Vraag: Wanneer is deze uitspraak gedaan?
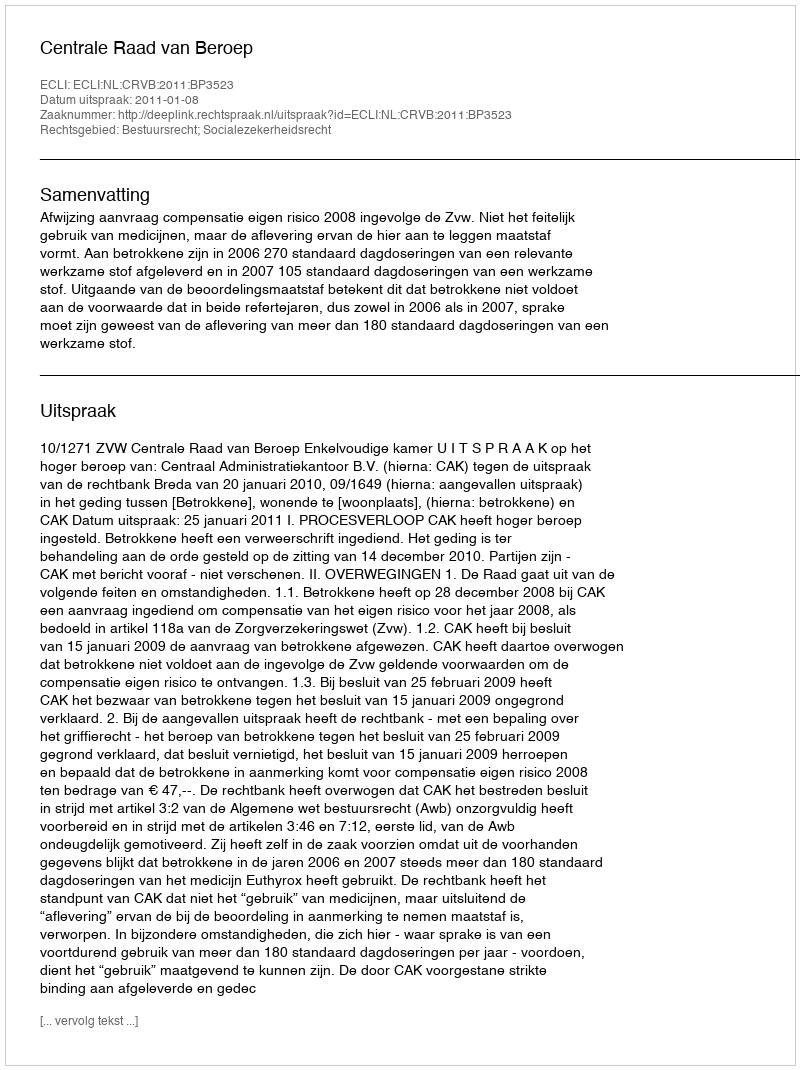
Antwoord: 2011-01-08